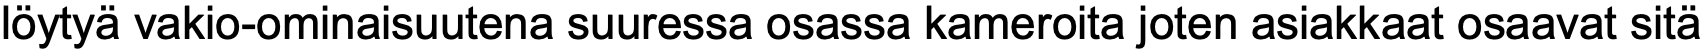
löytyä vakio-ominaisuutena suuressa osassa kameroita joten asiakkaat osaavat sitä